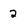
Character: 2